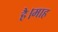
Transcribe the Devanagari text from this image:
है।माह